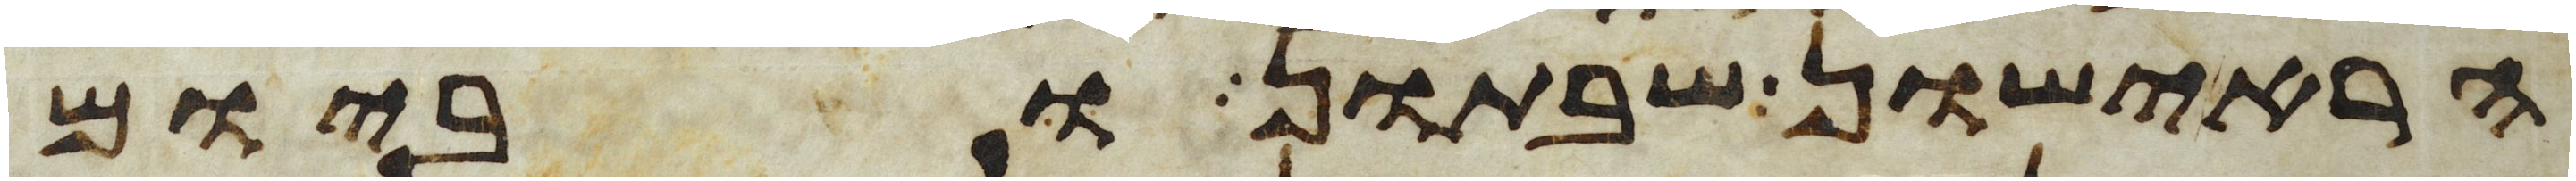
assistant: הראישון שבתון וביום